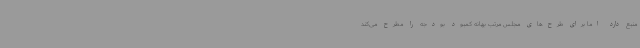
منبع دارد اما برای طرح‌های مجلس مرتب بهانه کمبود بودجه را مطرح می‌کند